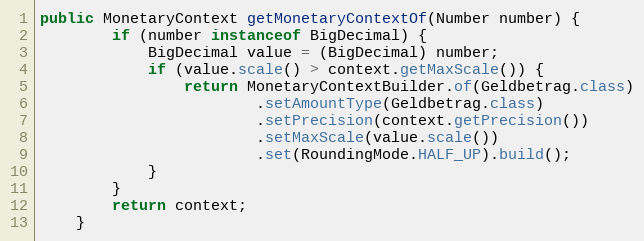
Language: Java
public MonetaryContext getMonetaryContextOf(Number number) {
        if (number instanceof BigDecimal) {
            BigDecimal value = (BigDecimal) number;
            if (value.scale() > context.getMaxScale()) {
                return MonetaryContextBuilder.of(Geldbetrag.class)
                        .setAmountType(Geldbetrag.class)
                        .setPrecision(context.getPrecision())
                        .setMaxScale(value.scale())
                        .set(RoundingMode.HALF_UP).build();
            }
        }
        return context;
    }